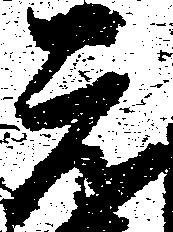
元